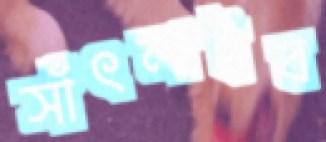
সাঁৎলাইব